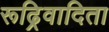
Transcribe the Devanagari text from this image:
रूढ्रिवादिता